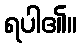
ရပါ၏။